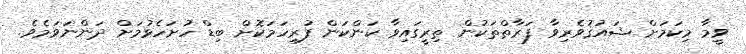
ވީމާ މިކަމަށް ޝައުޤުވެރިވާ ފަރާތްތަކުން ތިރީގައިވާ ކަންކަން ފުރިހަމަކޮށް ބިޑް ހުށަހެޅުމަށް ދަންނަވަމެވެ.